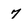
Character: 7